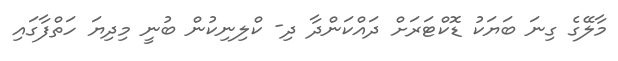
މާލޭގެ ގިނަ ބަޔަކު ޑޮކްޓަރަށް ދައްކަންދާ ދި- ކްލިނިކުން ބުނީ މިދިޔަ ހަތްފާގައި